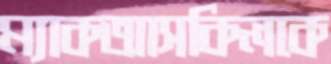
ম্যাকআসকিলকে